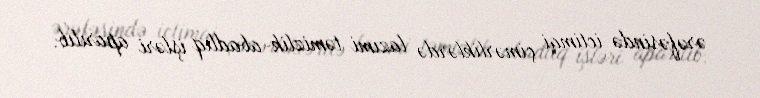
ərəfəsində ictimai çimərliklərdə lazımi təmizlik-abadlıq işləri aparılıb.